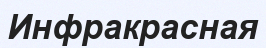
Инфракрасная